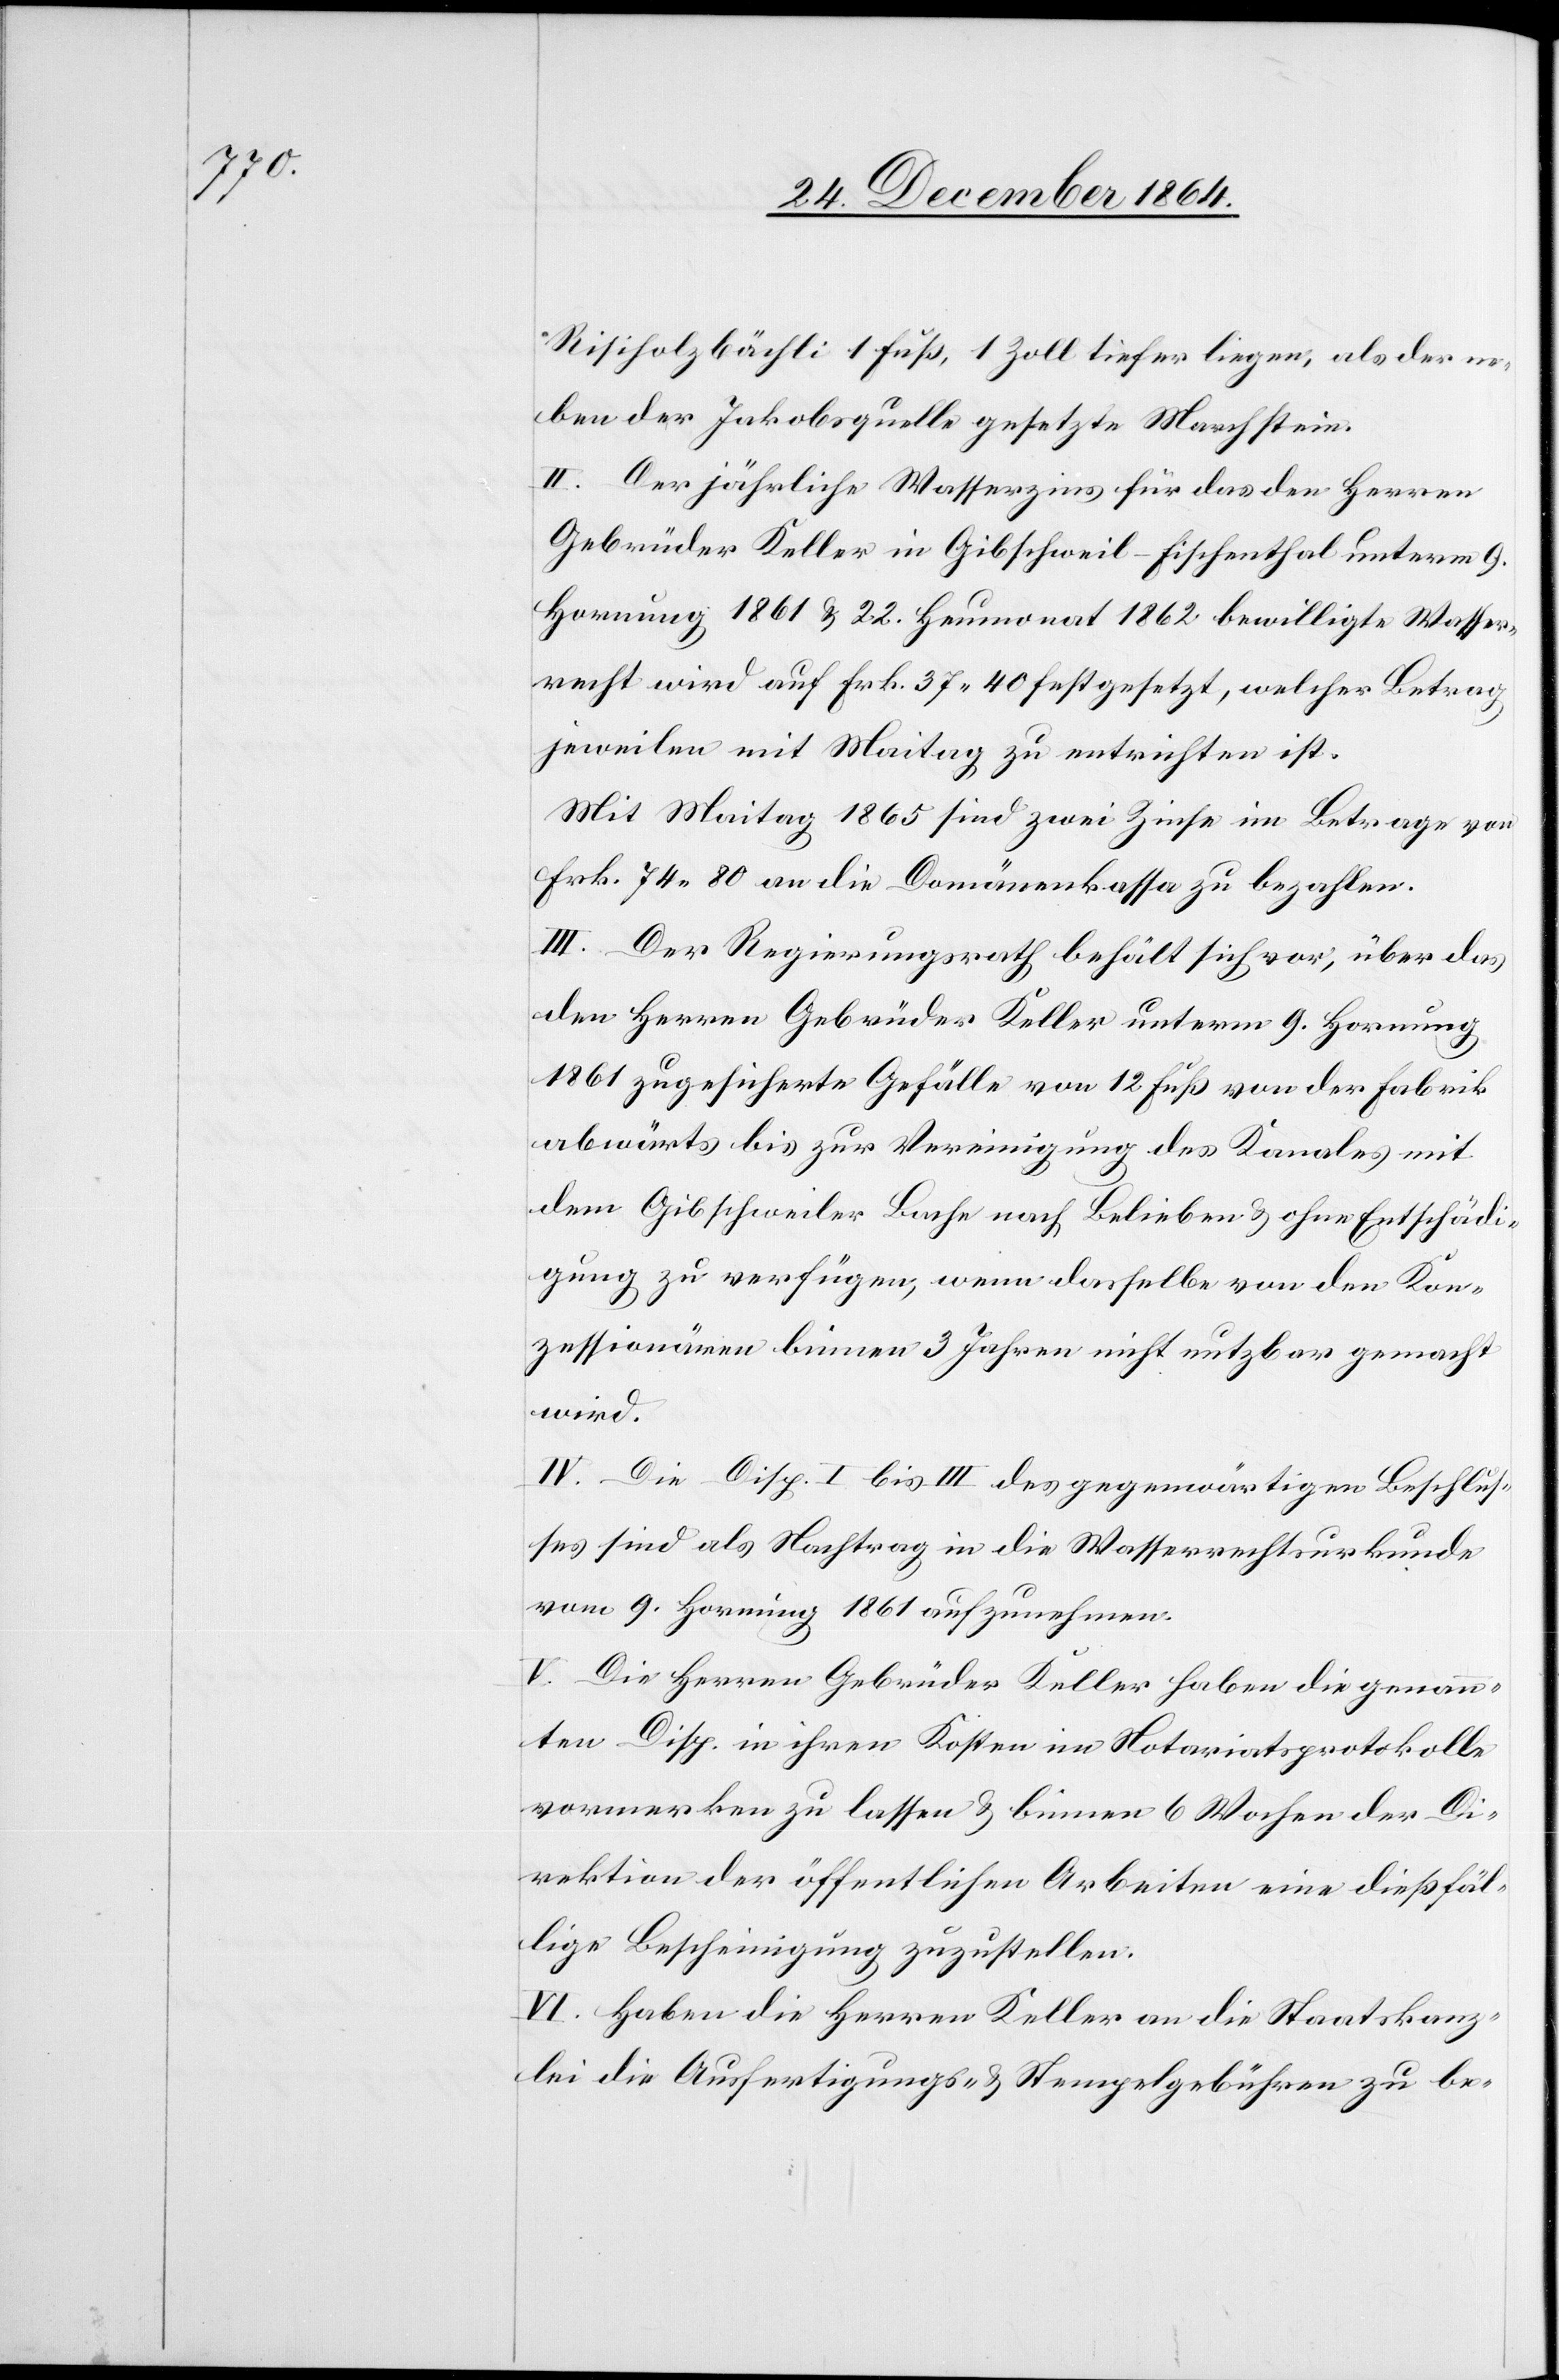
Risiholzbächli 1 Fuß, 1 Zoll tiefer liegen, als der ne¬
ben der Jakobsquelle gesetzte Marchstein.
II. Der jährliche Wasserzins für das den Herren
Gebrüder Keller in Gibschweil - Fischenthal unterm 9.
Hornung 1861 & 22. Heumonat 1862 bewilligte Wasser¬
recht wird auf Frk. 37.40 festgesetzt, welcher Betrag
jeweilen mit Maitag zu entrichten ist.
Mit Maitag 1865 sind zwei Zinse im Betrage von
Frk. 74.80 an die Domänenkasse zu bezahlen.
III. Der Regierungsrath behält sich vor, über das
den Herren Gebrüder Keller unterm 9. Hornung
1861 zugesicherte Gefälle von 12 Fuß von der Fabrik
abwärts bis zur Vereinigung des Kanales mit
dem Gibschweiler Bache nach Belieben & ohne Entschädi¬
gung zu verfügen, wenn dasselbe von den Kon¬
zessionären binnen 3 Jahren nicht nutzbar gemacht
wird.
IV. Die Disp. I bis III des gegenwärtigen Beschlus¬
ses sind als Nachtrag in die Wasserrechtsurkunde
vom 9. Hornung 1861 aufzunehmen.
V. Die Herren Gebrüder Keller haben die genann¬
ten Disp. in ihren Kosten im Notariatsprotokolle
vormerken zu lassen & binnen 6 Wochen der Di¬
rektion der öffentlichen Arbeiten eine dießfäl¬
lige Bescheinigung zuzustellen.
VI. Haben die Herren Keller an die Staatskanz¬
lei die Ausfertigungs- & Stempelgebühren zu be-